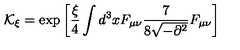
{ \mathcal K } _ { \xi } = \exp \left[ \frac { \xi } { 4 } \int d ^ { 3 } x F _ { \mu \nu } \frac { 7 } { 8 \sqrt { - \partial ^ { 2 } } } F _ { \mu \nu } \right]